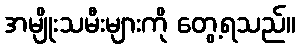
အမျိုးသမီးများကို တွေ့ရသည်။